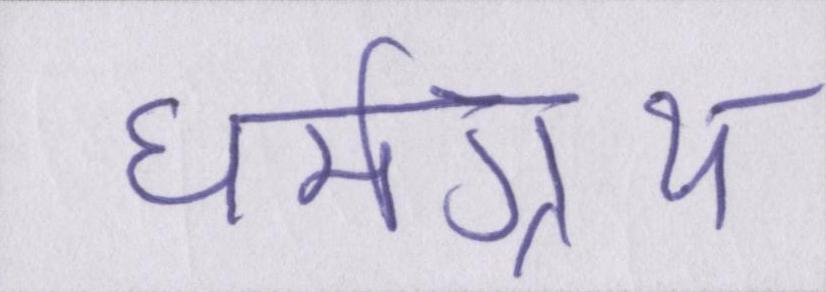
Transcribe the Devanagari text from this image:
धर्मग्रन्थ